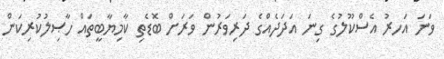
ވަނަ އަަހރު އެސްކޫލުގެ ގިނަ އަދަދެއްގެ ދަރިވަރުން ވަރަށް ބޮޑެތި ކާމިޔާބީތައް ހާޞިލުކުރިކަން